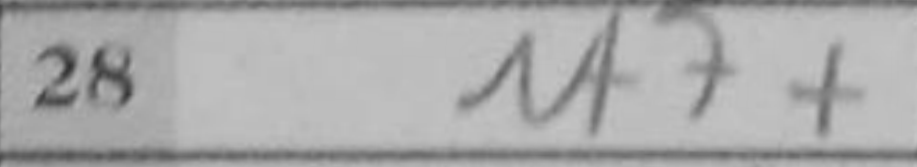
Transcription: Nf7+